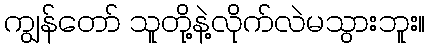
ကျွန်တော် သူတို့နဲ့လိုက်လဲမသွားဘူး။